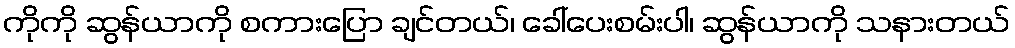
ကိုကို ဆွန်ယာကို စကားပြော ချင်တယ်၊ ခေါ်ပေးစမ်းပါ၊ ဆွန်ယာကို သနားတယ်